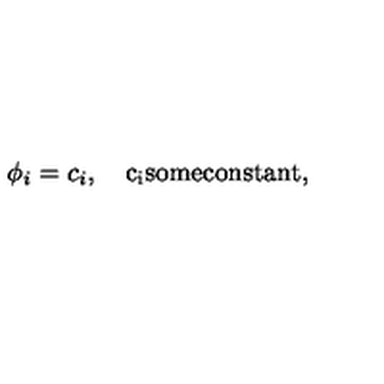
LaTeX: \phi _ { i } = c _ { i } , \quad \mathrm { c _ i s o m e c o n s t a n t } ,